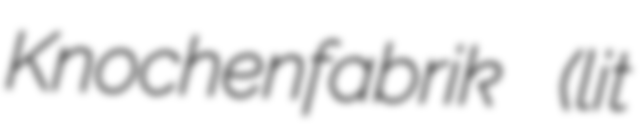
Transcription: Knochenfabrik (lit